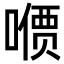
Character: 𪢋